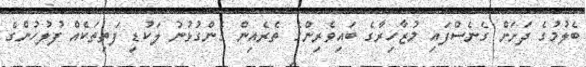
ބެލުމުގެ ދަށަށް ގެނެސްފައި މުޒާހިރާގެ ބައިވެރިންގެ ތެރެއިން ގެންގުޅުނު ލަކުޑި ފަތިތަކެއް ފުލުހުންގެ